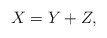
\begin{align*} X=Y+Z,\end{align*}